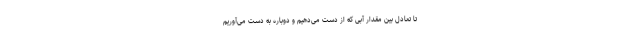
تا تعادل بین مقدار آبی که از دست می‌دهیم و دوباره به دست می‌آوریم